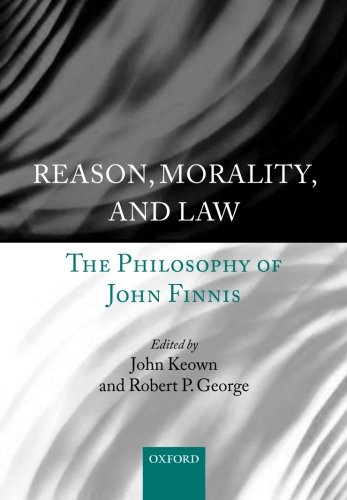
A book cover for Reason, Morality, and Law: The Philosophy of John Finnis; Law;